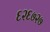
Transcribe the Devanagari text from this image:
६२६७२७